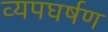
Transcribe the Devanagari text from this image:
व्यपघर्षण